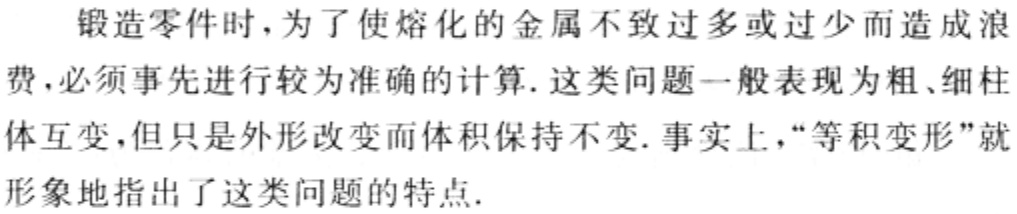
锻造零件时，为了使熔化的金属不致过多或过少而造成浪费，必须事先进行较为准确的计算. 这类问题一般表现为粗、细柱体互变，但只是外形改变而体积保持不变. 事实上，“等积变形”就形象地指出了这类问题的特点.